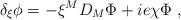
LaTeX: \begin{align*}\delta_{\xi} \phi= -\xi^{M}D_M\Phi + i e \chi\Phi~, \end{align*}